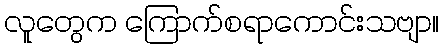
လူတွေက ကြောက်စရာကောင်းသဗျာ။